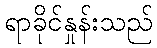
ရာခိုင်နှုန်းသည်